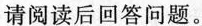
请阅读后回答问题。